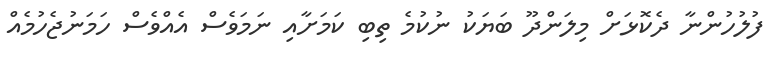
ފުލުހުންނާ ދެކޮޅަށް މިލަންދޫ ބަޔަކު ނުކުމެ ތިބި ކަމަށާއި ނަމަވެސް އެއްވެސް ހަމަނުޖެހުމެއް